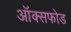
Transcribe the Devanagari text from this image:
ऑक्सफोड